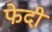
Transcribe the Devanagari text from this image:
फेदी